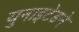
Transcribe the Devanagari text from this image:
युनाइटेडने